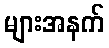
များအနက်